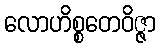
လောဟိစ္စတေဝိဇ္ဇာ